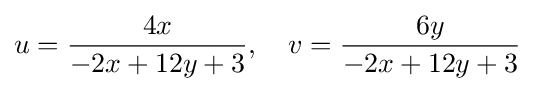
u={\frac {4x}{-2x+12y+3}},\quad v={\frac {6y}{-2x+12y+3}}